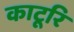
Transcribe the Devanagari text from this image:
काटूरि